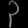
Digit: ၃